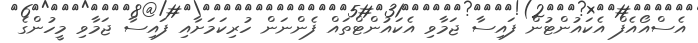
އެސްއޯއެފް އެކައުންޓުން ފައިސާ ޖަމާވި އެކައުންޓްތައް ފެންނަން ހުރިކަމަށާއި ފައިސާ ޖަމާވި މީހުންގެ